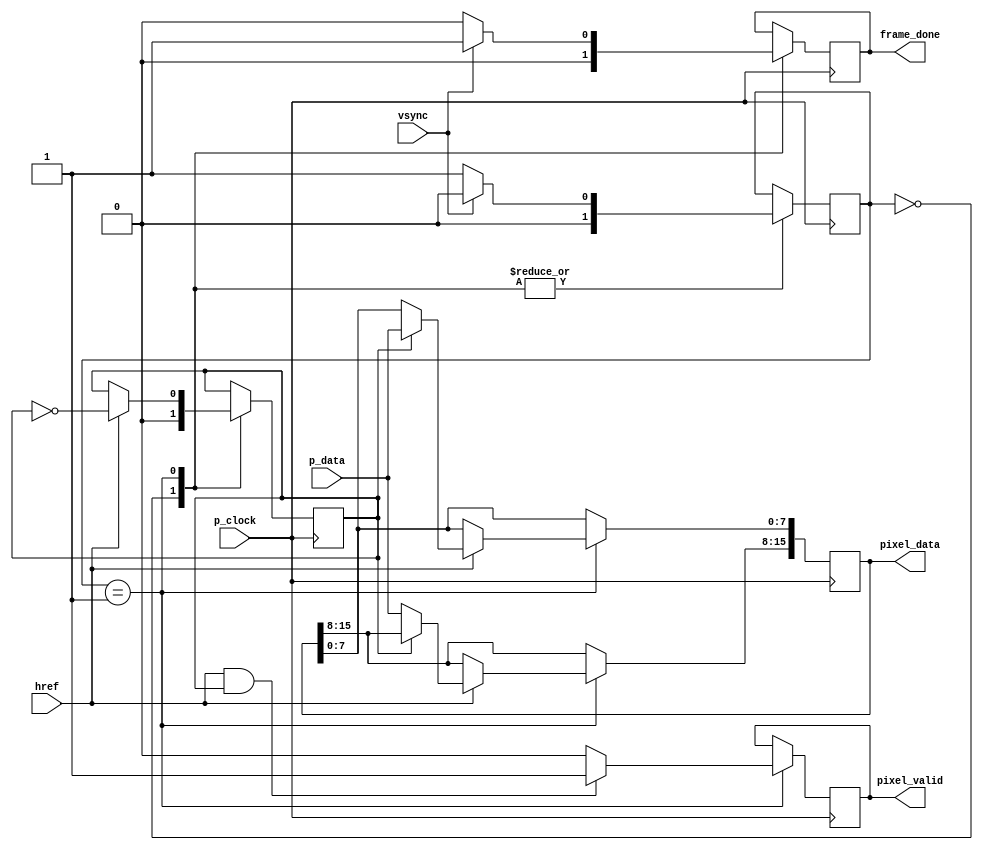
`timescale 1ns / 1ps
//////////////////////////////////////////////////////////////////////////////////
// Company: 
// Engineer: 
// 
// Design Name: 
// Module Name:    camera_read 
// Project Name: 
// Target Devices: 
// Tool versions: 
// Description: 
//
// Dependencies: 
//
// Revision: 
// Revision 0.01 - File Created
// Additional Comments: 
//
//////////////////////////////////////////////////////////////////////////////////
module camera_read(
	input wire p_clock,
	input wire vsync,
	input wire href,
	input wire [7:0] p_data,
	output reg [15:0] pixel_data =0,
	output reg pixel_valid = 0,
	output reg frame_done = 0
    );
	 
	
	reg [1:0] FSM_state = 0;
    reg pixel_half = 0;
	
	localparam WAIT_FRAME_START = 0;
	localparam ROW_CAPTURE = 1;
	
	
	always@(posedge p_clock)
	begin 
	
	case(FSM_state)
	
	WAIT_FRAME_START: begin //wait for VSYNC
	   FSM_state <= (!vsync) ? ROW_CAPTURE : WAIT_FRAME_START;
	   frame_done <= 0;
	   pixel_half <= 0;
	end
	
	ROW_CAPTURE: begin 
	   FSM_state <= vsync ? WAIT_FRAME_START : ROW_CAPTURE;
	   frame_done <= vsync ? 1 : 0;
	   pixel_valid <= (href && pixel_half) ? 1 : 0; 
	   if (href) begin
	       pixel_half <= ~ pixel_half;
	       if (pixel_half) pixel_data[7:0] <= p_data;
	       else pixel_data[15:8] <= p_data;
	   end
	end
	
	
	endcase
	end
	
endmodule